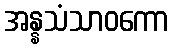
အန္နသံသာဝကော